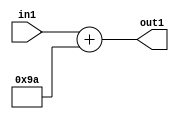
`timescale 1ps / 1ps
/*****************************************************************************
    Verilog RTL Description
    
    
    Created by: Stratus DpOpt 2019.1.01 
*******************************************************************************/

module DC_Filter_Add_12U_269_4 (
	in1,
	out1
	); /* architecture "behavioural" */ 
input [11:0] in1;
output [11:0] out1;
wire [11:0] asc001;

assign asc001 = 
	+(in1)
	+(12'B000010011010);

assign out1 = asc001;
endmodule

/* CADENCE  urnyTQs= : u9/ySgnWtBlWxVPRXgAZ4Og= ** DO NOT EDIT THIS LINE ******/